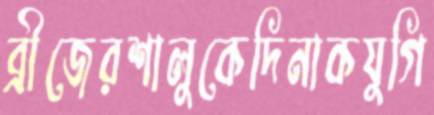
ব্রীজেরশালুকেদিনাকযুগি